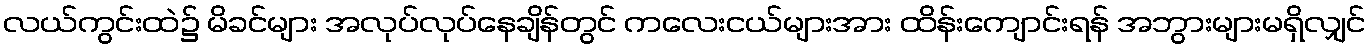
လယ်ကွင်းထဲ၌ မိခင်များ အလုပ်လုပ်နေချိန်တွင် ကလေးငယ်များအား ထိန်းကျောင်းရန် အဘွားများမရှိလျှင်